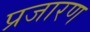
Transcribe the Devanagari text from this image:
प्रजारण